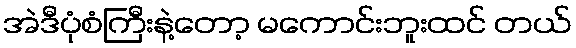
အဲဒီပုံစံကြီးနဲ့တော့ မကောင်းဘူးထင် တယ်